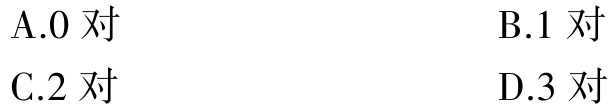
A.0 对
B.1 对
C.2 对
D.3 对